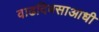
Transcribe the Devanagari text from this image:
वाढदिवसाआधी